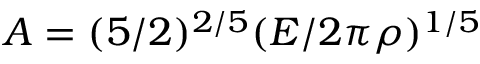
A = ( 5 / 2 ) ^ { 2 / 5 } ( E / 2 \pi \rho ) ^ { 1 / 5 }